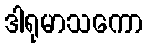
ဒါရုမာသကော